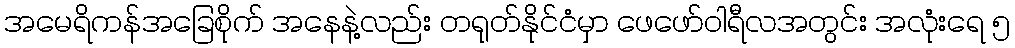
အမေရိကန်အခြေစိုက် အနေနဲ့လည်း တရုတ်နိုင်ငံမှာ ဖေဖော်ဝါရီလအတွင်း အလုံးရေ ၅